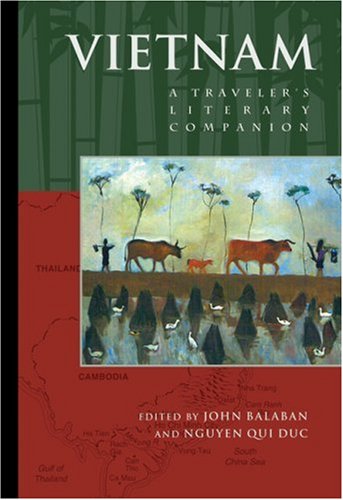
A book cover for Vietnam: A Traveler's Literary Companion (Traveler's Literary Companions); John Balaban; Travel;